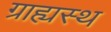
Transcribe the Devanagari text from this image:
ग्राह्यस्थ